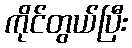
ကိုင်တွယ်ပြီး